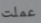
عملت